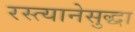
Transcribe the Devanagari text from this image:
रस्त्यानेसुद्धा